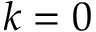
k = 0